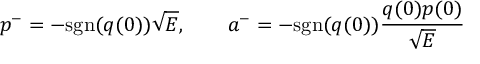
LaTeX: p ^ { - } = - \mathrm { s g n } ( q ( 0 ) ) \sqrt { E } , \qquad a ^ { - } = - \mathrm { s g n } ( q ( 0 ) ) \frac { q ( 0 ) p ( 0 ) } { \sqrt { E } }